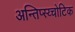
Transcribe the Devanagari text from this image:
अन्तिप्स्य्चोटिक